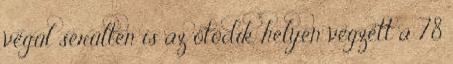
végül sérülten is az ötödik helyen végzett a 78